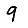
Digit: 9